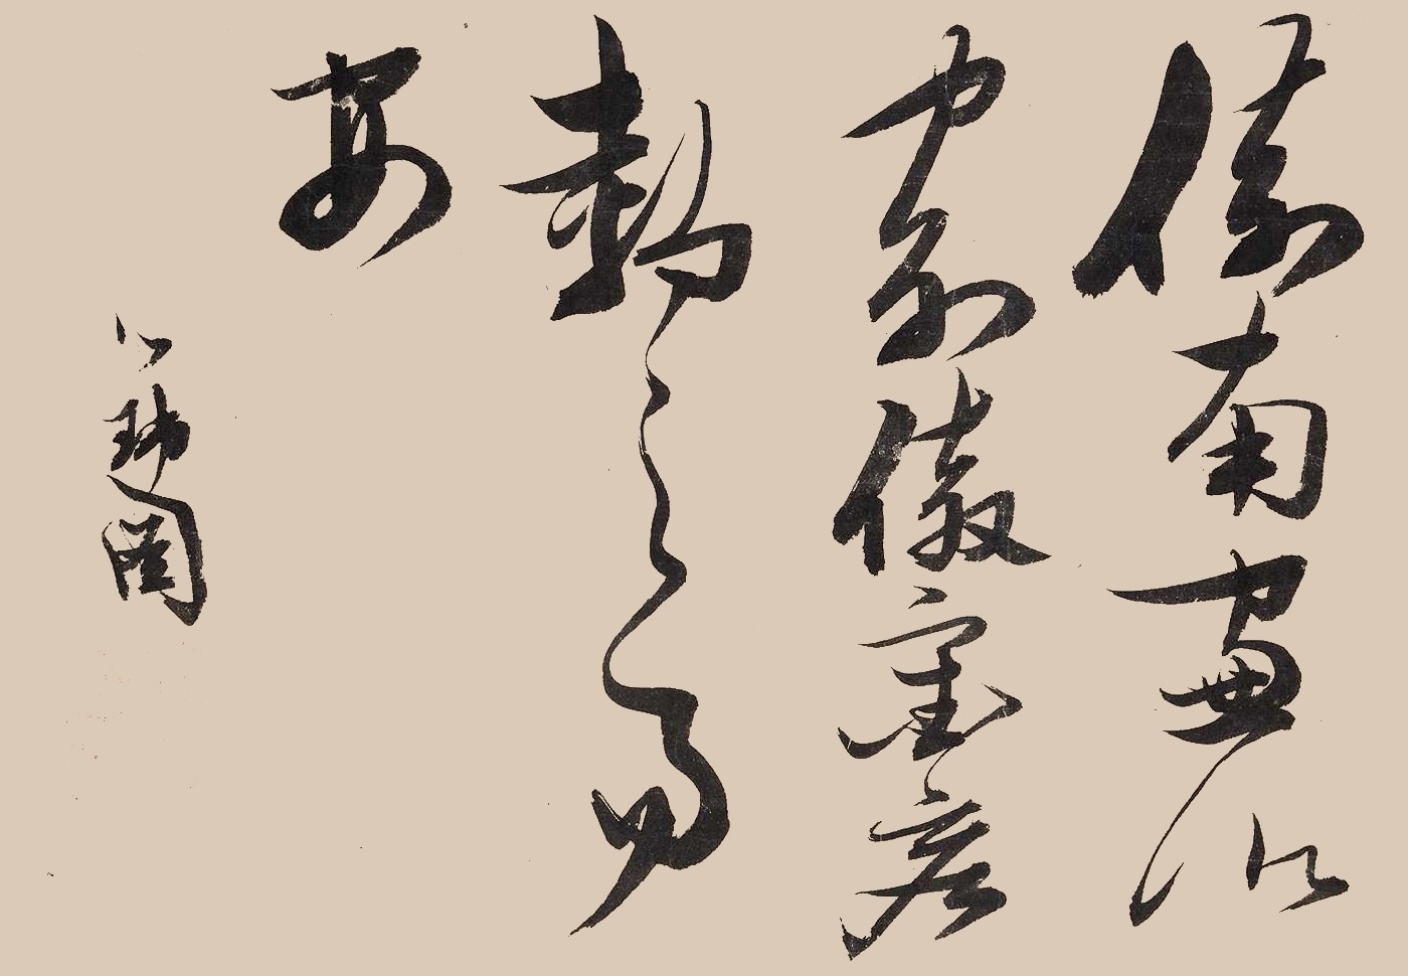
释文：倚南窗以寄傲，审容膝之易安。瑞图。